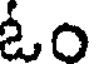
ఓం